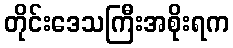
တိုင်းဒေသကြီးအစိုးရက